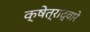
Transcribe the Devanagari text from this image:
क्षेत्राद्वारे